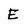
Character: E